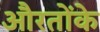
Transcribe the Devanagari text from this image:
औरतोंके